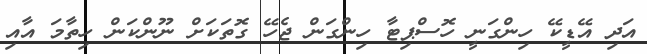
އަދި އޭޑީކޭ ހިންގަނީ ހޮސްޕިޓާ ހިންގަން ޖެހޭ ގޮތަކަށް ނޫންކަން ހިތާމަ އާއި